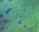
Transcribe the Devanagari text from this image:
पंथीओं।